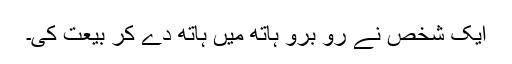
ایک شخص نے رُو برو ہاتھ میں ہاتھ دے کر بیعت کی۔